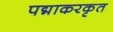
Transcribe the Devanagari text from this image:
पद्माकरकृत